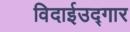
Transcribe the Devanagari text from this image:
विदाईउद्गार